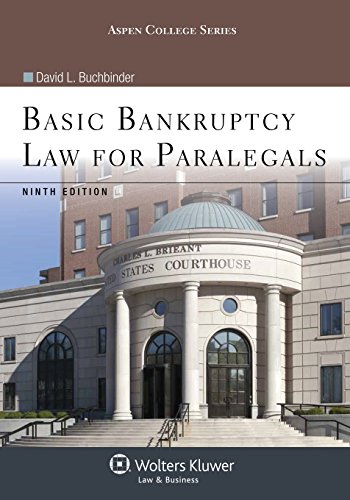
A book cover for Basic Bankruptcy Law for Paralegals, Ninth Edition (Aspen College); David L. Buchbinder; Law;